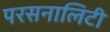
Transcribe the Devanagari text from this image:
परसनालिटी